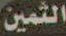
الثمين